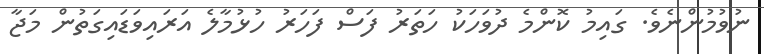
ނުވުމުންނެވެ. ގައިމު ކޮންމެ ދުވަހަކު ހަތަރު ފަސް ފަހަރު ހުޅުމާލެ އަރައިވަޑައިގަތުން މަޖާ